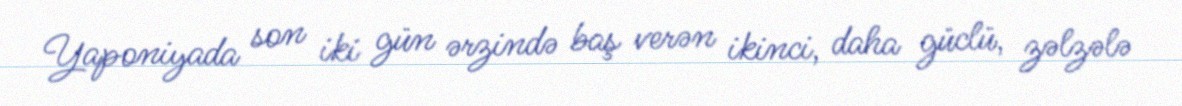
Yaponiyada son iki gün ərzində baş verən ikinci, daha güclü, zəlzələ